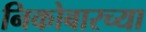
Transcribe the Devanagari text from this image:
निकोबारच्या